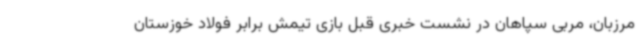
مرزبان، مربی سپاهان در نشست خبری قبل بازی تیمش برابر فولاد خوزستان